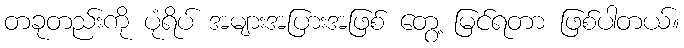
တခုတည်းကို ပုံရိပ် အများအပြားအဖြစ် တွေ့ မြင်ရတာ ဖြစ်ပါတယ်။